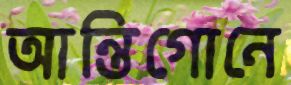
আন্তিগোনে